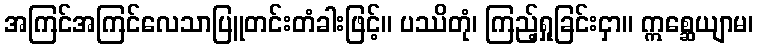
အကြင်အကြင်လေသာပြူတင်းတံခါးဖြင့်။ ပဿိတုံ၊ ကြည့်ရှုခြင်းငှာ။ ဣစ္ဆေယျာမ၊